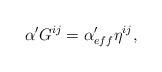
LaTeX: \begin{align*}\alpha' G^{ij} =\alpha'_{eff}\eta ^{ij},\end{align*}